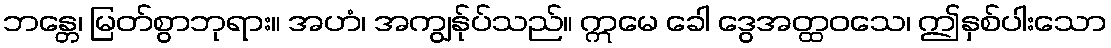
ဘန္တေ၊ မြတ်စွာဘုရား။ အဟံ၊ အကျွန်ုပ်သည်။ ဣမေ ခေါ ဒွေအတ္ထဝသေ၊ ဤနှစ်ပါးသော